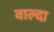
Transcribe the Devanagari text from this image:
वाल्दा